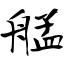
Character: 艋